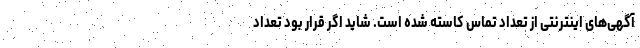
آگهی‌های اینترنتی از تعداد تماس کاسته شده است. شاید اگر قرار بود تعداد